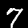
Digit: 7